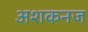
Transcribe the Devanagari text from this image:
अशकनज